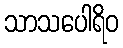
သာသပေါရိဝ